Distribution and causation of leprosy in British India
Year: 1875
Disease focus: Leprosy
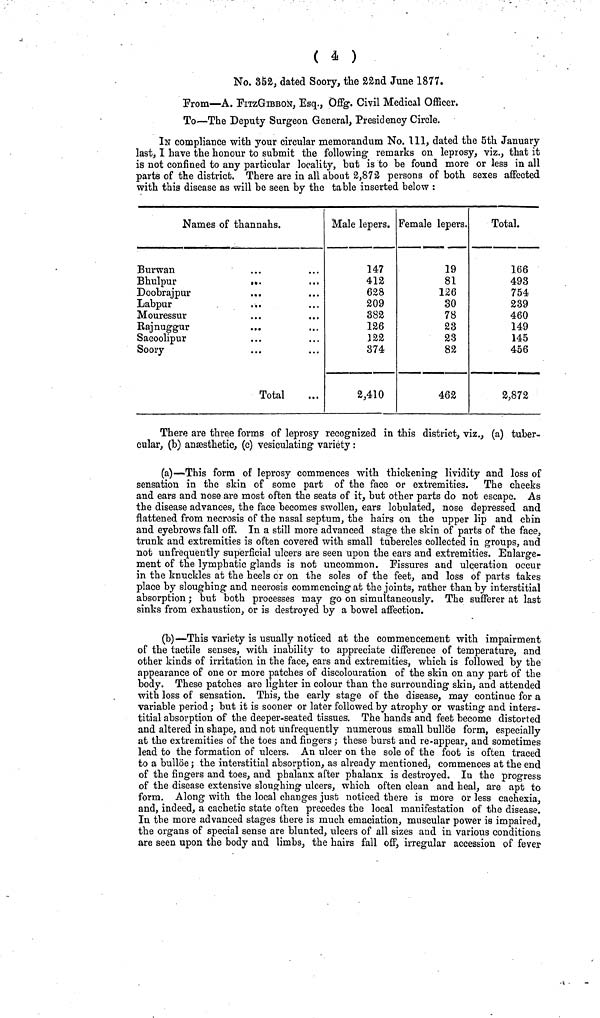
( 4 )
No. 352, dated Soory, the 22nd June 1877.
Prom—A. EmGiBBON, Esq., Offg. Civil Medical Officer.
To—The Deputy Surgeon General, Presidency Circle.
IN compliance with your circular memorandum No. Ill, dated the 5th January
last, I have the honour to submit the following remarks on leprosy, viz., that it
is not confined to any particular locality, but is to be found more or less in all
parts of the district. There are in all about 2,872 persons of both sexes affected
with this disease as will be seen by the table inserted below :
Names of thannahs.
Burwan
Bhulpur
Doobrajpur
Labpur
Mouressur
Rajnuggur
Sacoolipur
Soory
.
.
.
m
•
.
•
...
...
. . .
...
. . .
. . .
...
Total
Male lepers.
147
412
628
209
382
126
J22
374
2,410
Female lepers.
19
81
126
30
78
23
23
82
462
Total.
166
493
754
239
460
149
145
456
2,872
There are three forms of leprosy recognized in this district, viz., (a) tuber-
cular, (b) ansesthetic, (e) vesiculating variety :
(a)—This form of leprosy commences with thickening lividity and loss of
sensation in the skin of some part of the face or extremities.
The cheeks
and ears and nose are most often the seats of it, but other parts do not escape. As
the disease advances, the face becomes swollen, ears lobulated, nose depressed and
flattened from necrosis of the nasal septum, the hairs on the upper lip and chin
and eyebrows fall off. In a still more advanced stage the skin of parts of the face,
trunk and extremities is often covered with small tubercles collected in groups, and
not unfrequently superficial ulcers are seen upon the ears and extremities. Enlarge-
ment of the lymphatic glands is not uncommon. Fissures and ulceration occur
in the knuckles at the heels or on the soles of the feet, and loss of parts takes
place by sloughing and necrosis commencing at the joints, rather than by interstitial
absorption ; but both processes may go on simultaneously. The sufferer at last
sinks from exhaustion, or is destroyed by a bowel affection.
(b)—This variety is usually noticed at the commencement with impairment
of the tactile senses, with inability to appreciate difference of temperature, and
other kinds of irritation in the face, ears and extremities, which is followed by the
appearance of one or more patches of discolouration of the skin on any part of the
body. These patches are lighter in colour than the surrounding skin, and attended
with loss of sensation. This, the early stage of the disease, may continue for a
variable period ; but it is sooner or later followed by atrophy or wasting and inters-
titial absorption of the deeper-seated tissues. The hands and feet become distorted
and altered in shape, and not unfrequently numerous small bulloe form, especially
at the extremities of the toes and fingers ; these burst and re-appear, and sometimes
lead to the formation of ulcers. An ulcer on the sole of the foot is often traced
to a bulloe j the interstitial absorption, as already mentioned, commences at the end
of the fingers and toes, and phalanx after phalanx is destroyed. In the progress
of the disease extensive sloughing ulcers, which often clean and heal, are apt to
form. Along with the local changes just noticed there is more or less cachexia,
and, indeed, a cachetic state often precedes the local manifestation of the disease.
In the more advanced stages there is much emaciation, muscular power is impaired,
the organs of special sense are blunted, ulcers of all sizes and in various conditions
are seen upon the body and limbs, the hairs fall off, irregular accession of fever